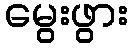
မွေးဖွား